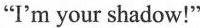
"I'm your shadow!"